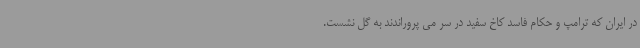
در ایران که ترامپ و حکام فاسد کاخ سفید در سر می پروراندند به گل نشست.